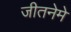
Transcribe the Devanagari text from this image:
जीतनेमे